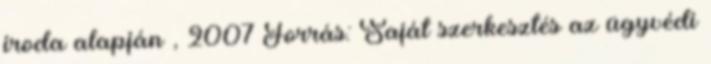
iroda alapján , 2007 Forrás: Saját szerkesztés az ügyvédi